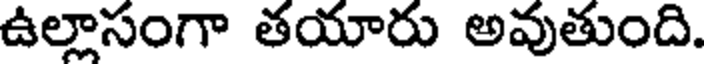
ఉల్లాసంగా తయారు అవుతుంది.